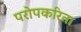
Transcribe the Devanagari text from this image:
परोपकरिता